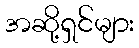
အဆို့ရှင်များ